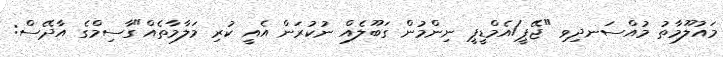
މައުލޫމާތު މުއްސަނދިވި "ޖޭޕީ/އެމްޑީޕީ ނިންމުން ގަބޫލެއް ނުކުރަން އެއީ ކުރި މަލާމާތެއް"ގާސިމްގެ އާދޭސް: